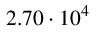
2 . 7 0 \cdot 1 0 ^ { 4 }